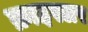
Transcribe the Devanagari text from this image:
क्राइस्लर